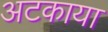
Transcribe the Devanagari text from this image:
अटकाया